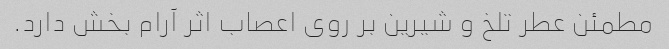
مطمئن عطر تلخ و شیرین بر روی اعصاب اثر آرام بخش دارد.